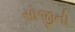
સોજીની